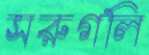
সরুগলি